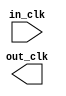
module ghrd_10as066n2_clk_0 (
		input  wire  in_clk,  //  in_clk.clk
		output wire  out_clk  // out_clk.clk
	);
endmodule